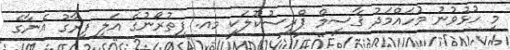
މި ހުޅުވުނު މުހައްމަދު ޤާސިމް ޕްރީސުކޫލަކީ މއ. ފިތުރޯނުގެ އަލީ ފިރާގު އެނާގެ